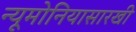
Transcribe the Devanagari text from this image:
न्यूमोनियासारखी